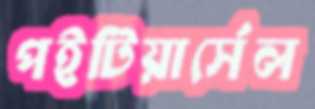
পইটিয়ার্সেল